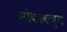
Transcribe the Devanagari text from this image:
मोकाकचुंग